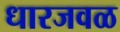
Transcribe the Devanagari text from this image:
धारजवळ